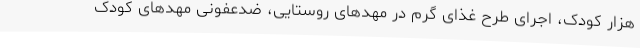
هزار کودک، اجرای طرح غذای گرم در مهدهای روستایی، ضدعفونی مهدهای کودک